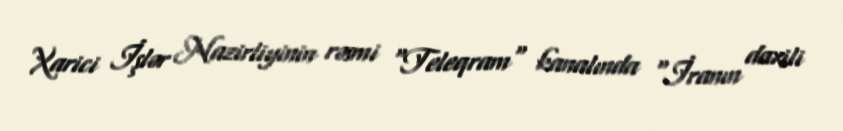
Xarici İşlər Nazirliyinin rəsmi "Teleqram" kanalında "İranın daxili